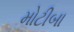
મોટીબા